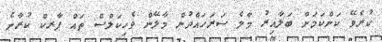
ކުރެވޭ ކަންކަމަށް ބަލާއިރު މާލެ ސަރަހައްދުން މާލޭން ވެހިކަލްސް ތައް ޕާރކް ކުރާނެ